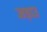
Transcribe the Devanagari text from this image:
जड़ाउ